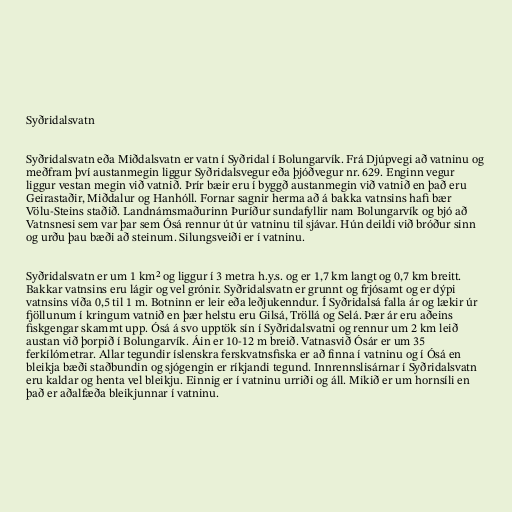
Syðridalsvatn

Syðridalsvatn eða Miðdalsvatn er vatn í Syðridal í Bolungarvík. Frá Djúpvegi að vatninu og
meðfram því austanmegin liggur Syðridalsvegur eða þjóðvegur nr. 629. Enginn vegur
liggur vestan megin við vatnið. Þrír bæir eru í byggð austanmegin við vatnið en það eru
Geirastaðir, Miðdalur og Hanhóll. Fornar sagnir herma að á bakka vatnsins hafi bær
Völu-Steins staðið. Landnámsmaðurinn Þuríður sundafyllir nam Bolungarvík og bjó að
Vatnsnesi sem var þar sem Ósá rennur út úr vatninu til sjávar. Hún deildi við bróður sinn
og urðu þau bæði að steinum. Silungsveiði er í vatninu.

Syðridalsvatn er um 1 km² og liggur í 3 metra h.y.s. og er 1,7 km langt og 0,7 km breitt.
Bakkar vatnsins eru lágir og vel grónir. Syðridalsvatn er grunnt og frjósamt og er dýpi
vatnsins víða 0,5 til 1 m. Botninn er leir eða leðjukenndur. Í Syðridalsá falla ár og lækir úr
fjöllunum í kringum vatnið en þær helstu eru Gilsá, Tröllá og Selá. Þær ár eru aðeins
fiskgengar skammt upp. Ósá á svo upptök sín í Syðridalsvatni og rennur um 2 km leið
austan við þorpið í Bolungarvík. Áin er 10-12 m breið. Vatnasvið Ósár er um 35
ferkílómetrar. Allar tegundir íslenskra ferskvatnsfiska er að finna í vatninu og í Ósá en
bleikja bæði staðbundin og sjógengin er ríkjandi tegund. Innrennslisárnar í Syðridalsvatn
eru kaldar og henta vel bleikju. Einnig er í vatninu urriði og áll. Mikið er um hornsíli en
það er aðalfæða bleikjunnar í vatninu.